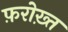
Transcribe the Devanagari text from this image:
फ़रोख़्त